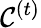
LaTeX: \mathcal{C}^{(t)}